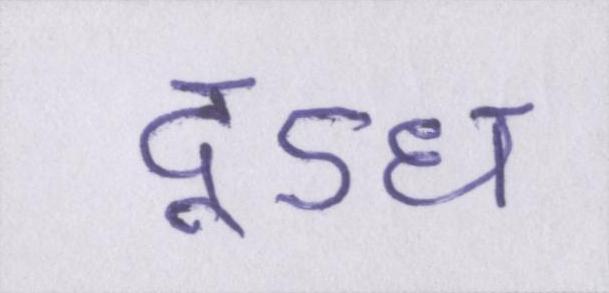
दूऽध